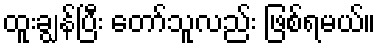
ထူးချွန်ပြီး တော်သူလည်း ဖြစ်ရမယ်။